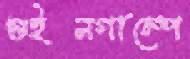
গুইনগাম্পে